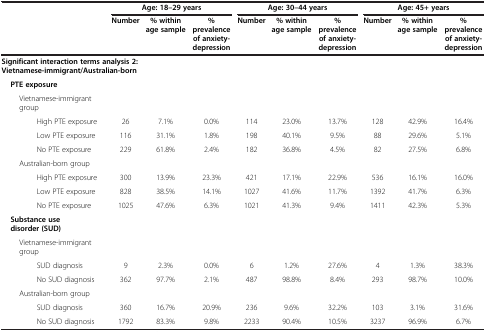
<table><thead><tr><td><b> </b></td><td><b> </b></td><td><b> </b></td><td><b> </b></td><td colspan="3"><b>Age: 18–29 years</b></td><td colspan="3"><b>Age: 30–44 years</b></td><td colspan="3"><b>Age: 45+ years</b></td></tr><tr><td><b> </b></td><td><b> </b></td><td><b> </b></td><td><b> </b></td><td><b>Number</b></td><td><b>% within age sample</b></td><td><b>% prevalence of anxiety-depression</b></td><td><b>Number</b></td><td><b>% within age sample</b></td><td><b>% prevalence of anxiety-depression</b></td><td><b>Number</b></td><td><b>% within age sample</b></td><td><b>% prevalence of anxiety-depression</b></td></tr></thead><tbody><tr><td colspan="8"><b>Significant interaction terms analysis 2: Vietnamese-immigrant/Australian-born</b></td><td> </td><td> </td><td> </td><td> </td><td> </td></tr><tr><td> </td><td colspan="3"><b>PTE exposure</b></td><td> </td><td> </td><td> </td><td> </td><td> </td><td> </td><td> </td><td> </td><td> </td></tr><tr><td> </td><td> </td><td colspan="2">Vietnamese-immigrant group</td><td> </td><td> </td><td> </td><td> </td><td> </td><td> </td><td> </td><td> </td><td> </td></tr><tr><td> </td><td> </td><td> </td><td>High PTE exposure</td><td>26</td><td>7.1%</td><td>0.0%</td><td>114</td><td>23.0%</td><td>13.7%</td><td>128</td><td>42.9%</td><td>16.4%</td></tr><tr><td> </td><td> </td><td> </td><td>Low PTE exposure</td><td>116</td><td>31.1%</td><td>1.8%</td><td>198</td><td>40.1%</td><td>9.5%</td><td>88</td><td>29.6%</td><td>5.1%</td></tr><tr><td> </td><td> </td><td> </td><td>No PTE exposure</td><td>229</td><td>61.8%</td><td>2.4%</td><td>182</td><td>36.8%</td><td>4.5%</td><td>82</td><td>27.5%</td><td>6.8%</td></tr><tr><td> </td><td> </td><td colspan="2">Australian-born group</td><td> </td><td> </td><td> </td><td> </td><td> </td><td> </td><td> </td><td> </td><td> </td></tr><tr><td> </td><td> </td><td> </td><td>High PTE exposure</td><td>300</td><td>13.9%</td><td>23.3%</td><td>421</td><td>17.1%</td><td>22.9%</td><td>536</td><td>16.1%</td><td>16.0%</td></tr><tr><td> </td><td> </td><td> </td><td>Low PTE exposure</td><td>828</td><td>38.5%</td><td>14.1%</td><td>1027</td><td>41.6%</td><td>11.7%</td><td>1392</td><td>41.7%</td><td>6.3%</td></tr><tr><td> </td><td> </td><td> </td><td>No PTE exposure</td><td>1025</td><td>47.6%</td><td>6.3%</td><td>1021</td><td>41.3%</td><td>9.4%</td><td>1411</td><td>42.3%</td><td>5.3%</td></tr><tr><td colspan="4"><b>Substance use disorder (SUD)</b></td><td> </td><td> </td><td> </td><td> </td><td> </td><td> </td><td> </td><td> </td><td> </td></tr><tr><td> </td><td> </td><td colspan="2">Vietnamese-immigrant group</td><td> </td><td> </td><td> </td><td> </td><td> </td><td> </td><td> </td><td> </td><td> </td></tr><tr><td> </td><td> </td><td> </td><td>SUD diagnosis</td><td>9</td><td>2.3%</td><td>0.0%</td><td>6</td><td>1.2%</td><td>27.6%</td><td>4</td><td>1.3%</td><td>38.3%</td></tr><tr><td> </td><td> </td><td> </td><td>No SUD diagnosis</td><td>362</td><td>97.7%</td><td>2.1%</td><td>487</td><td>98.8%</td><td>8.4%</td><td>293</td><td>98.7%</td><td>10.0%</td></tr><tr><td> </td><td> </td><td colspan="2">Australian-born group</td><td> </td><td> </td><td> </td><td> </td><td> </td><td> </td><td> </td><td> </td><td> </td></tr><tr><td> </td><td> </td><td> </td><td>SUD diagnosis</td><td>360</td><td>16.7%</td><td>20.9%</td><td>236</td><td>9.6%</td><td>32.2%</td><td>103</td><td>3.1%</td><td>31.6%</td></tr><tr><td> </td><td> </td><td> </td><td>No SUD diagnosis</td><td>1792</td><td>83.3%</td><td>9.8%</td><td>2233</td><td>90.4%</td><td>10.5%</td><td>3237</td><td>96.9%</td><td>6.7%</td></tr></tbody></table>